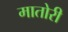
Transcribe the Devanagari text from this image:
मातोरी